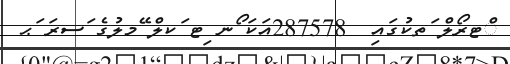
ްޓރޯލް ަތކުގައި  287578އަކަ ޯނ ިޓ ަކލް ޭމލުގެ ަސރަ ަޙ